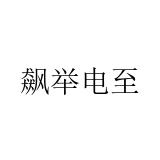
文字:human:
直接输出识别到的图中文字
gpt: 飙举电至